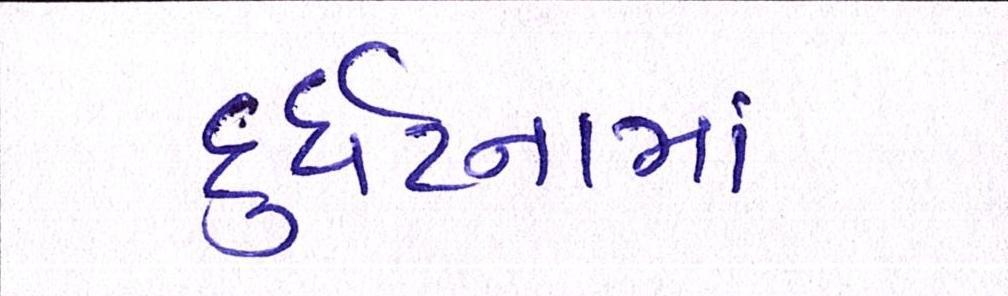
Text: દુર્ઘટનામાં